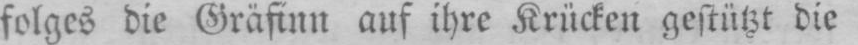
folges die Gräfinn auf ihre Krücken gestützt die